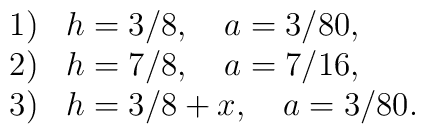
\begin{array}{ll}1) & h=3/8, \quad a=3/80 , \\2) & h=7/8, \quad a=7/16 , \\3) & h=3/8+x, \quad a=3/80 . \end{array}